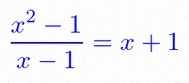
\frac{x^2-1}{x-1}=x+1